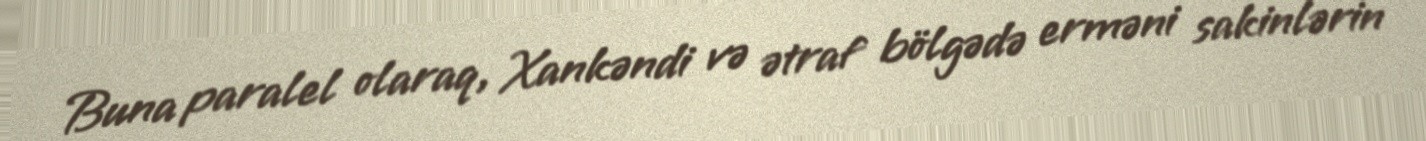
Buna paralel olaraq, Xankəndi və ətraf bölgədə erməni sakinlərin